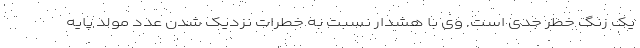
یک زنگ خطر جدی است. وی با هشدار نسبت به خطرات نزدیک شدن عدد مولد پایه